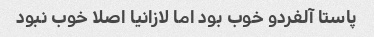
پاستا آلفردو خوب بود اما لازانیا اصلا خوب نبود